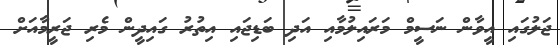
ޖަލުގައި އީވާން ނަސީމް މަރައިލުމާއި އަދި ބަޑިޖައި އިތުރު ގައިދީން މެރި ޖަރީމާއަށް